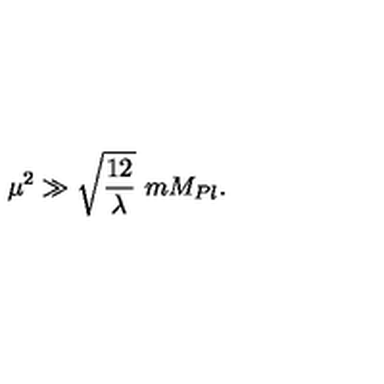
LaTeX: \mu ^ { 2 } \gg \sqrt { \frac { 1 2 } { \lambda } } \ m M _ { P l } .